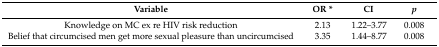
<table><thead><tr><td><b>Variable</b></td><td><b>OR *</b></td><td><b>CI</b></td><td><b><i>p</i></b></td></tr></thead><tbody><tr><td>Knowledge on MC ex re HIV risk reduction</td><td>2.13</td><td>1.22–3.77</td><td>0.008</td></tr><tr><td>Belief that circumcised men get more sexual pleasure than uncircumcised</td><td>3.35</td><td>1.44–8.77</td><td>0.008 </td></tr></tbody></table>